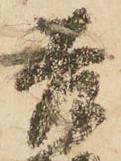
善